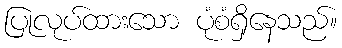
ပြုလုပ်ထားသော ပုံစံရှိနေသည်။